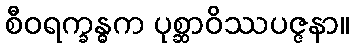
စီဝရက္ခန္ဓက ပုစ္ဆာဝိဿပဇ္ဇနာ။